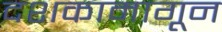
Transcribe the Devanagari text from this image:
दशकामागून